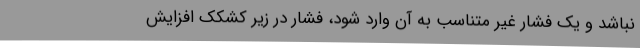
نباشد و یک فشار غیر متناسب به آن وارد شود، فشار در زیر کشکک افزایش